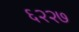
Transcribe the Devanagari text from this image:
६२२७